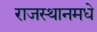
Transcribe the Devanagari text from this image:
राजस्थानमधे